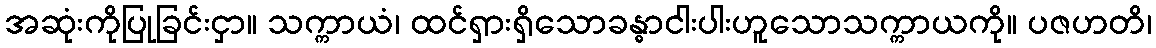
အဆုံးကိုပြုခြင်းငှာ။ သက္ကာယံ၊ ထင်ရှားရှိသောခန္ဓာငါးပါးဟူသောသက္ကာယကို။ ပဇဟတိ၊